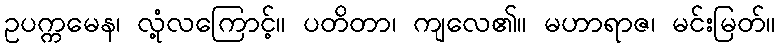
ဥပက္ကမေန၊ လုံ့လကြောင့်။ ပတိတာ၊ ကျလေ၏။ မဟာရာဇ၊ မင်းမြတ်။